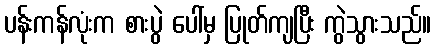
ပန်းကန်လုံးက စားပွဲ ပေါ်မှ ပြုတ်ကျပြီး ကွဲသွားသည်။